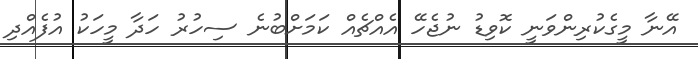
އޭނާ މީގެކުރިންވަނީ ކޮވިޑު ނުޖެހޭ އެއްޗެއް ކަމަށްބުނެ ސިހުރު ހަދާ މީހަކު އުފެއްދި